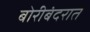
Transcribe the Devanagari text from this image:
बोरीबंदरात